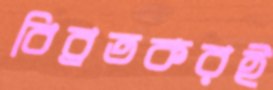
বিব্রতকরই